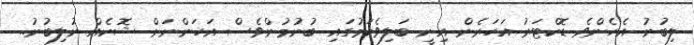
ލިބުނު އެހެންވެ ޑޮކްޓަރު އަހަރެން އިނީ ބަލިވެކަމުގައި ބުނުމުންވެސް އަހަންނަށް ޝޮކެއް ނުލިބުނު..